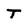
Character: T